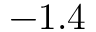
- 1 . 4 \hphantom { 0 0 0 }